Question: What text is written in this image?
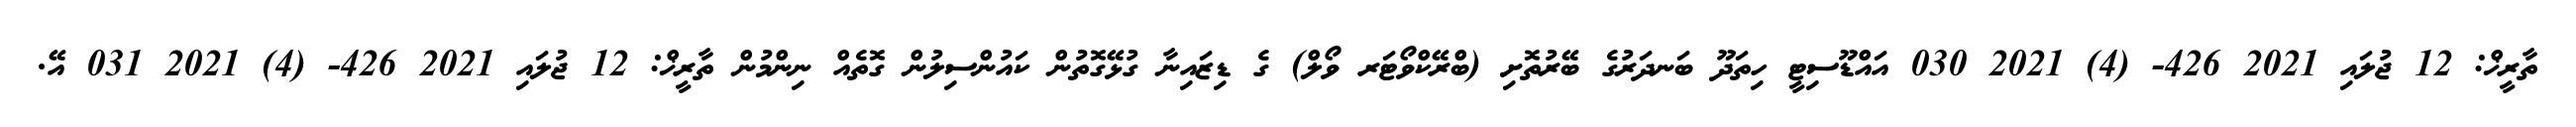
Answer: ތާރީޚް: 12 ޖުލައި 2021 426- (4) 2021 030 އައްޑޫސިޓީ ހިތަދޫ ބަނދަރުގެ ބޭރުތޮށި (ބްރޭކްވޯޓަރ ވޯލް) ގެ ޑިޒައިނާ ގުޅޭގޮތުން ކައުންސިލުން ގޮތެއް ނިންމުން ތާރީޚް: 12 ޖުލައި 2021 426- (4) 2021 031 އޭ.